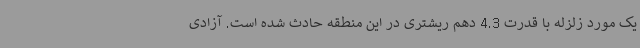
یک مورد زلزله با قدرت 4.3 دهم ریشتری در این منطقه حادث شده است. آزادی